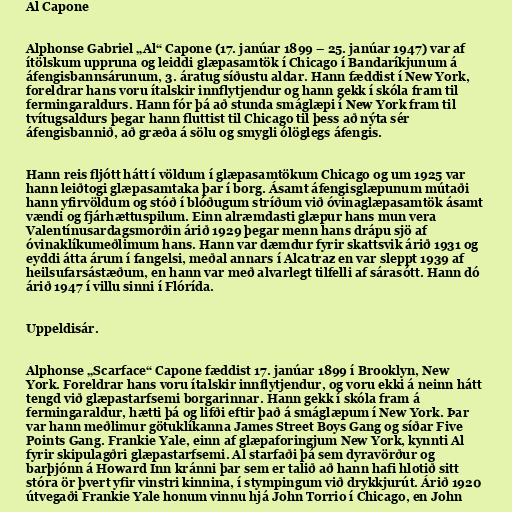
Al Capone

Alphonse Gabriel „Al“ Capone (17. janúar 1899 – 25. janúar 1947) var af
ítölskum uppruna og leiddi glæpasamtök í Chicago í Bandaríkjunum á
áfengisbannsárunum, 3. áratug síðustu aldar. Hann fæddist í New York,
foreldrar hans voru ítalskir innflytjendur og hann gekk í skóla fram til
fermingaraldurs. Hann fór þá að stunda smáglæpi í New York fram til
tvítugsaldurs þegar hann fluttist til Chicago til þess að nýta sér
áfengisbannið, að græða á sölu og smygli ólöglegs áfengis.

Hann reis fljótt hátt í völdum í glæpasamtökum Chicago og um 1925 var
hann leiðtogi glæpasamtaka þar í borg. Ásamt áfengisglæpunum mútaði
hann yfirvöldum og stóð í blóðugum stríðum við óvinaglæpasamtök ásamt
vændi og fjárhættuspilum. Einn alræmdasti glæpur hans mun vera
Valentínusardagsmorðin árið 1929 þegar menn hans drápu sjö af
óvinaklíkumeðlimum hans. Hann var dæmdur fyrir skattsvik árið 1931 og
eyddi átta árum í fangelsi, meðal annars í Alcatraz en var sleppt 1939 af
heilsufarsástæðum, en hann var með alvarlegt tilfelli af sárasótt. Hann dó
árið 1947 í villu sinni í Flórída.

Uppeldisár.

Alphonse „Scarface“ Capone fæddist 17. janúar 1899 í Brooklyn, New
York. Foreldrar hans voru ítalskir innflytjendur, og voru ekki á neinn hátt
tengd við glæpastarfsemi borgarinnar. Hann gekk í skóla fram á
fermingaraldur, hætti þá og lifði eftir það á smáglæpum í New York. Þar
var hann meðlimur götuklíkanna James Street Boys Gang og síðar Five
Points Gang. Frankie Yale, einn af glæpaforingjum New York, kynnti Al
fyrir skipulagðri glæpastarfsemi. Al starfaði þá sem dyravörður og
barþjónn á Howard Inn kránni þar sem er talið að hann hafi hlotið sitt
stóra ör þvert yfir vinstri kinnina, í stympingum við drykkjurút. Árið 1920
útvegaði Frankie Yale honum vinnu hjá John Torrio í Chicago, en John